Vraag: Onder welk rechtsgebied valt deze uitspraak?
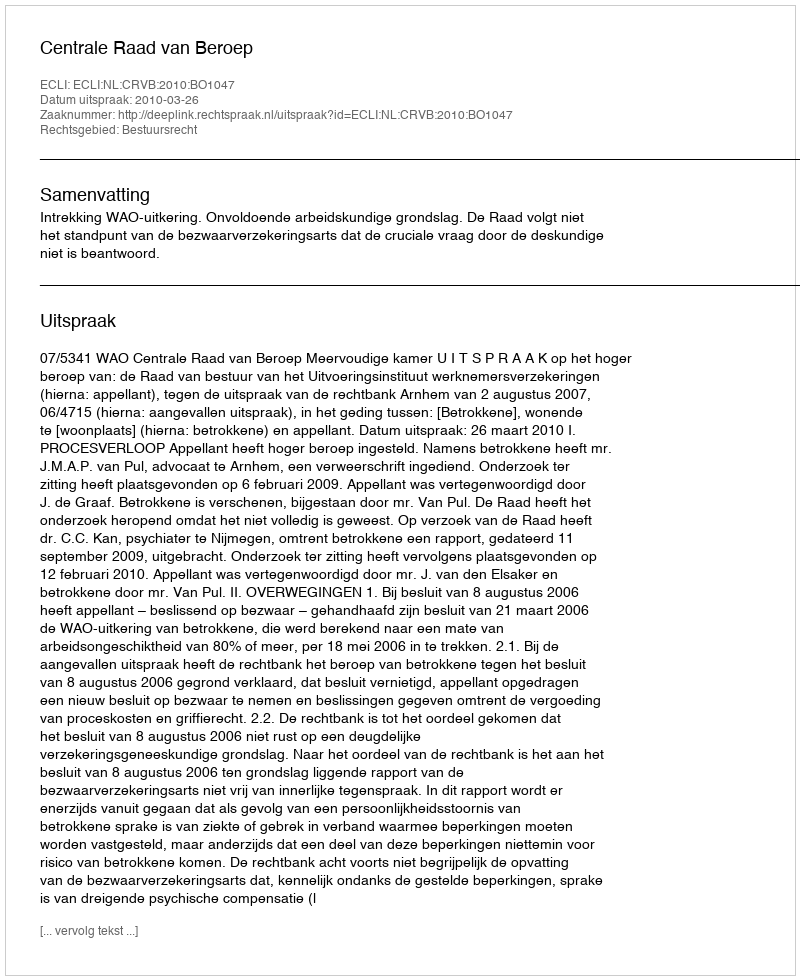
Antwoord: Bestuursrecht